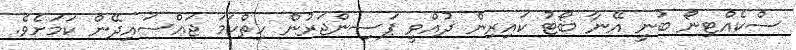
ސްކެއްޓިނޯ ބުނީ އޭނާ ބޯޓު ކައިރިން ދުއްވީ ޕަސިންޖަރުން ހިތްހަމަ ޖައްސައިދޭން ކަމަށެވެ.